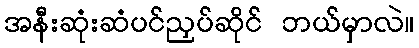
အနီးဆုံးဆံပင်ညှပ်ဆိုင် ဘယ်မှာလဲ။